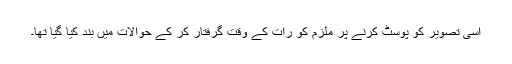
اسی تصویر کو پوسٹ کرنے پر ملزم کو رات کے وقت گرفتار کر کے حوالات میں بند کیا گیا تھا۔